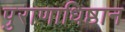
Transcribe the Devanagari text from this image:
पुराणाधिष्ठान